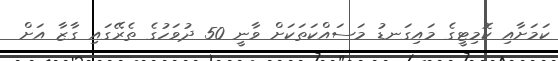
ކަމަށާއި ކޮމިޓީގެ މައިގަނޑު މަސައްކަތަކަށް ވާނީ 50 ދުވަހުގެ ތެރޭގައި ގާޒާ އަށް